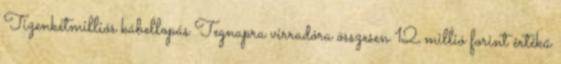
Tizenkétmilliós kábellopás Tegnapra virradóra összesen 12 millió forint értékű